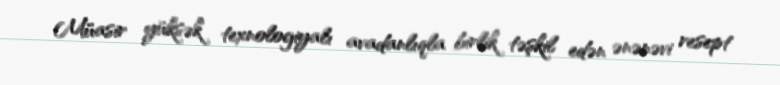
Müasir yüksək texnologiyalı avadanlıqla birlik təşkil edən ənənəvi resept